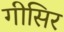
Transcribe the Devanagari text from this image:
गीसिर